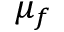
\mu _ { f }